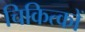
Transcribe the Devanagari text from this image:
चिकित्कों